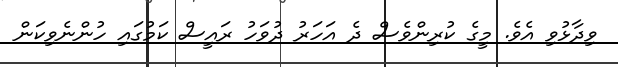
ވިދާޅުވި އެވެ. މީގެ ކުރިންވެސް ދެ އަހަރު ދުވަހު ރައީސް ކަމުގައި ހުންނެވިކަން